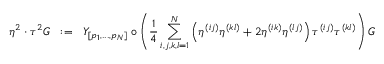
\eta ^ { 2 } \cdot \tau ^ { 2 } { \cal { G } } \; \; : = \; \; { \cal { Y } } _ { [ p _ { 1 } , . . . , p _ { N } ] } \circ \left( { \frac { 1 } { 4 } } \sum _ { i , j , k , l = 1 } ^ { N } \left( \eta ^ { ( i j ) } \eta ^ { ( k l ) } + 2 \eta ^ { ( i k ) } \eta ^ { ( l j ) } \right) \tau ^ { ( i j ) } \tau ^ { ( k l ) } \right) { \cal { G } }